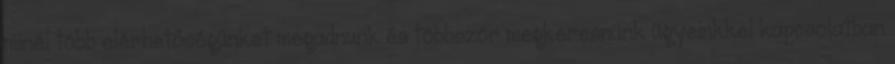
minél több elérhetőségünket megadnunk és többször megkeresnünk ügyeinkkel kapcsolatban